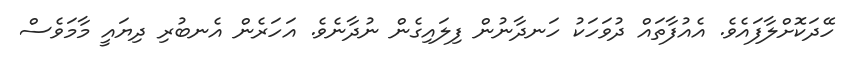
ހޭދަކޮށްލާފައެވެ. އެއުފާތައް ދުވަހަކު ހަނދާނުން ފިލައިގެން ނުދާނެވެ. އަހަރެން އެނބުރި ދިޔައީ މާމަވެސް